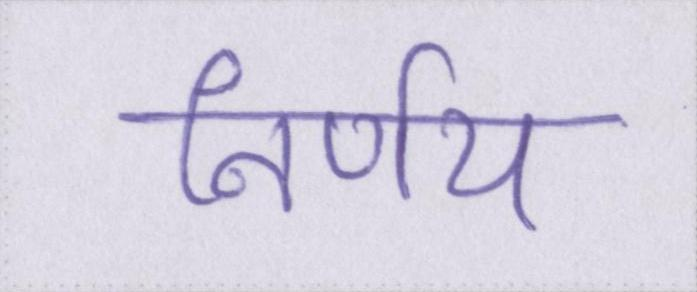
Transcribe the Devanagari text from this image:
निर्णय